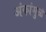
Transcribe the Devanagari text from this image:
अंकांमुळे